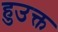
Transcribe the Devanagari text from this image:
हुउक्त